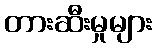
တားဆီးမှုများ